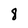
Character: 8